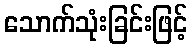
သောက်သုံးခြင်းဖြင့်